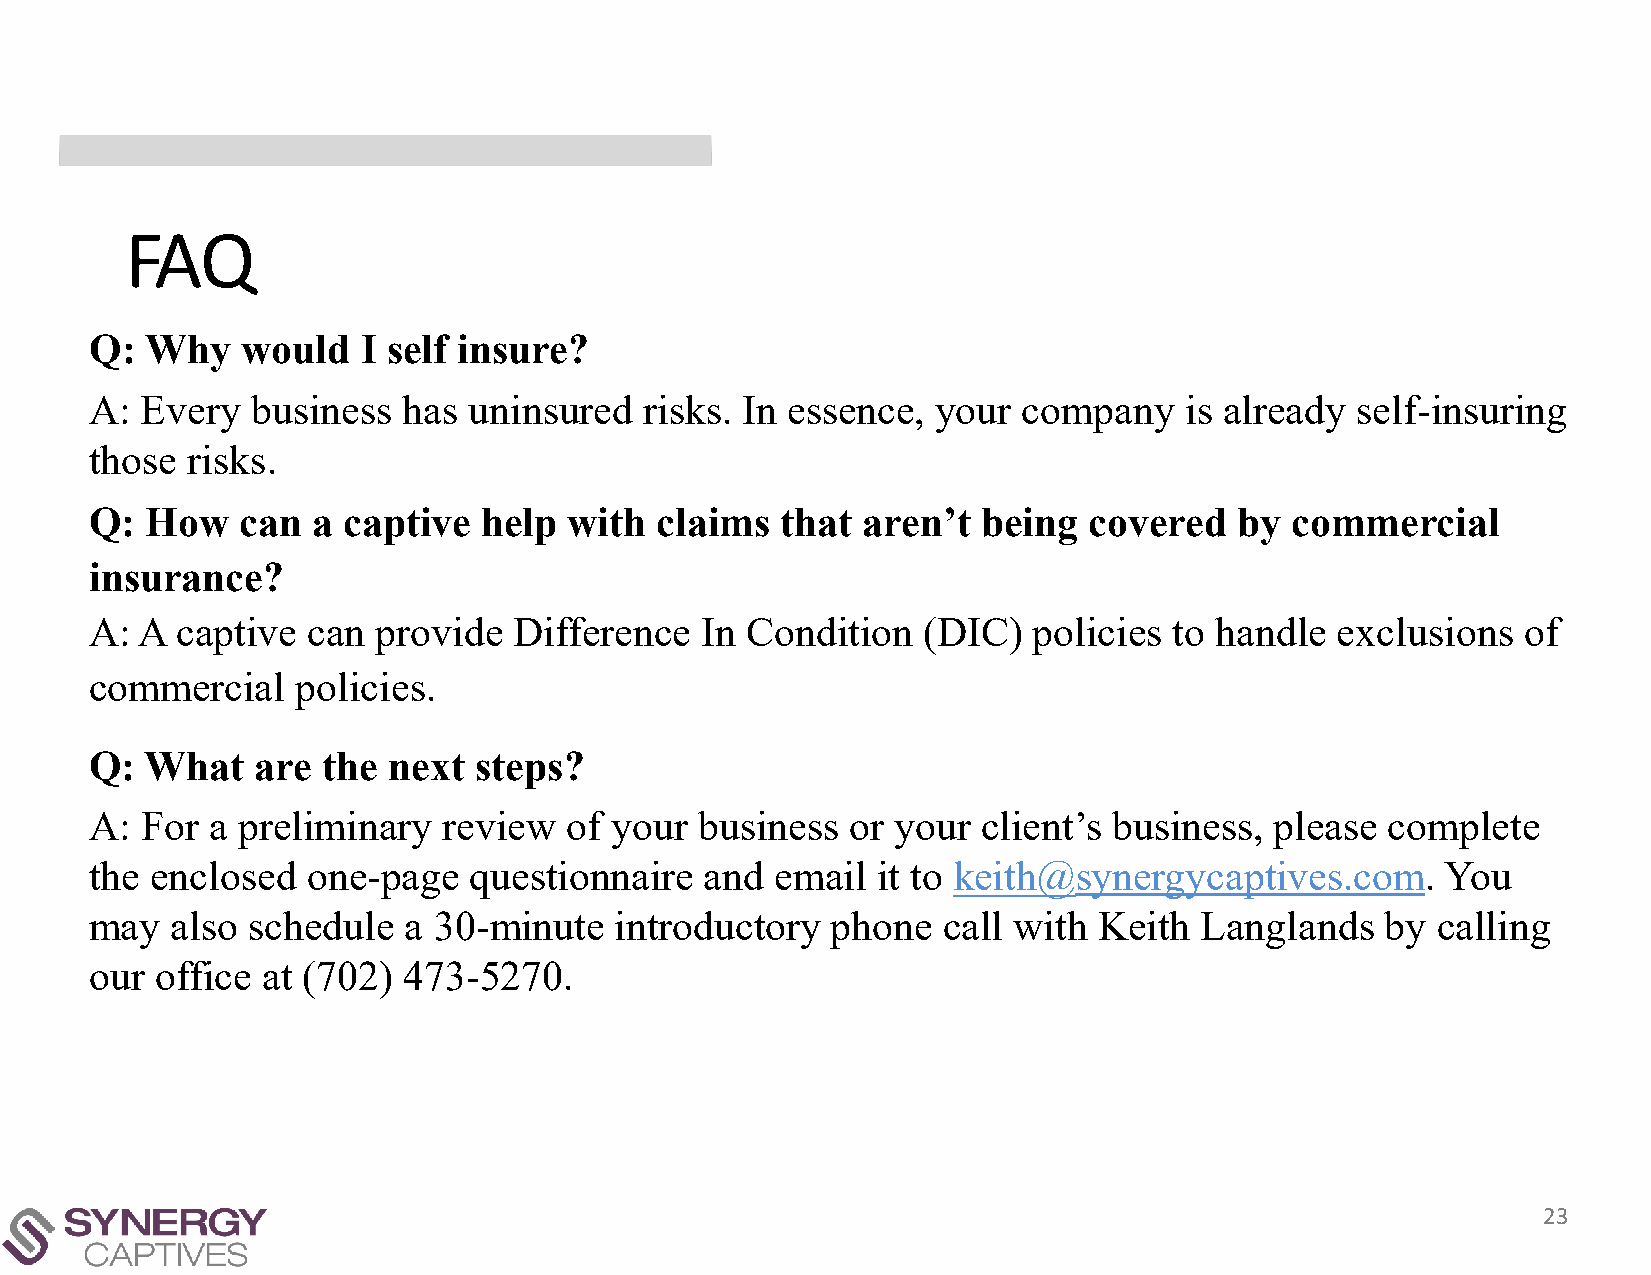
FAQ
 Q:  Why   would   I self insure?
 A: Every   business  has uninsured   risks. In essence, your  company   is already  self-insuring
 those risks.
 Q:  How   can  a captive  help  with  claims  that aren’t  being  covered   by commercial
 insurance?
 A: A  captive can  provide  Difference  In Condition   (DIC)  policies  to handle exclusions   of
 commercial    policies.
 Q:  What   are the  next steps?
 A: For  a preliminary  review  of your  business  or your  client’s business, please  complete
 the enclosed  one-page   questionnaire   and email  it to keith@synergycaptives.com.      You
 may  also schedule   a 30-minute   introductory  phone  call with  Keith Langlands    by calling
 our office at (702)  473-5270.
 23